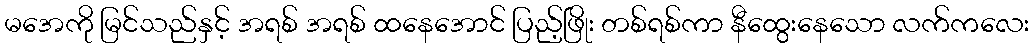
မအေကို မြင်သည်နှင့် အရစ် အရစ် ထနေအောင် ပြည့်ဖြိုး တစ်ရစ်ကာ နီထွေးနေသော လက်ကလေး